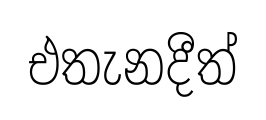
එතැනදීත්